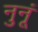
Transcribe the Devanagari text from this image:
नुनूं